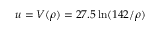
u = V ( \rho ) = 2 7 . 5 \ln ( 1 4 2 / \rho )